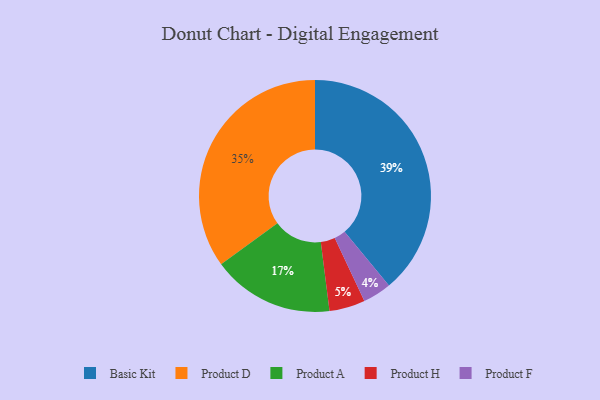
{"axis": {"x": "Category", "y": "Percentage"}, "legend": ["Basic Kit", "Product A", "Product D", "Product F", "Product H"], "data": [{"x": "Product F", "y": 4, "type": "Product F"}, {"x": "Product D", "y": 35, "type": "Product D"}, {"x": "Basic Kit", "y": 39, "type": "Basic Kit"}, {"x": "Product A", "y": 17, "type": "Product A"}, {"x": "Product H", "y": 5, "type": "Product H"}]}